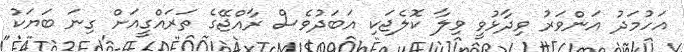
އަހުމަދު އަންވަރު ވިދާޅުވީ ވިލާ ކޮލެޖަކި އަބަދުވެސް ރާއްޖޭގެ ތަރައްގީއަށް ގިނަ ބަޔަކު